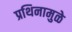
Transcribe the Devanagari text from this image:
प्रथिनामुळे